Leaving Certificate Examination, 1925
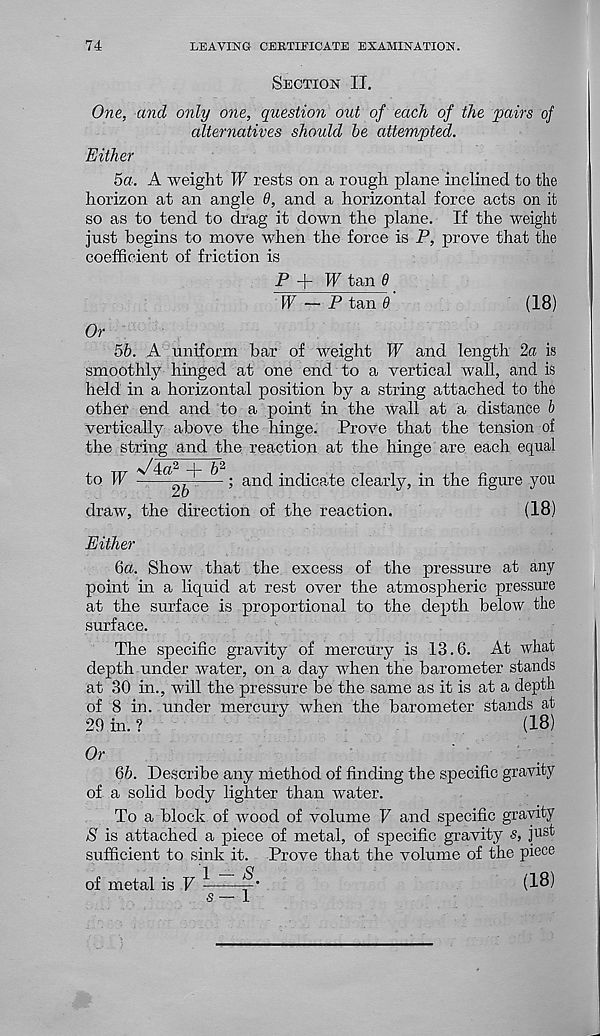
74
LEAVING CERTIFICATE EXAMINATION.
Section II.
One, and only one, question out of each of the pairs of
alternatives should be attempted.
Either
5a. A weight W rests on a rough plane inclined to the
horizon at an angle 6, and a horizontal force acts on it
so as to tend to drag it down the plane. If the weight
just begins to move when the force is P, prove that the
coefficient of friction is
P + IF tan 8
W - P tan 8
(18)
Or
5b. A uniform bar of weight IF and length 2a is
smoothly hinged at one end to a vertical wall, and is
held in a horizontal position by a string attached to the
other end and to a point in the wall at a distance b
vertically above the hinge. Prove that the tension of
the string and the reaction at the hinge are each equal
’ an d indicate clearly, in the figure you
to IF
draw, the direction of the reaction.
(18)
Either
ба. Show that the excess of the pressure at any
point in a liquid at rest over the atmospheric pressure
at the surface is proportional to the depth below the
surface.
The specific gravity of mercury is 13.6. At what
depth under water, on a day when the barometer stands
at 30 in., will the pressure be the same as it is at a depth
of 8 in. under mercury when the barometer stands at
29 in. ?
(18)
Or
бб. Describe any method of finding the specific gravity
of a solid body lighter than water.
To a block of wood of volume F and specific gravity
S is attached a piece of metal, of specific gravity s, just
sufficient to sink it. Prove that the volume of the piece
of metal is V ^(18)
5—1